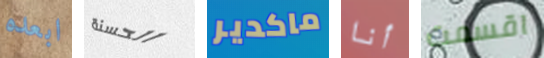
ابعده الحسنة ماكدير أنا اقسمت